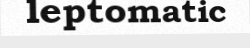
leptomatic